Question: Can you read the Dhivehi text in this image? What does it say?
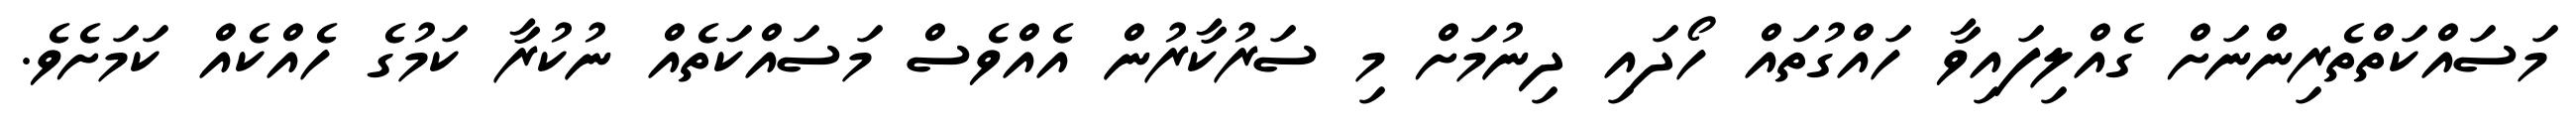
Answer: މަސައްކަތްތެރިންނަށް ގެއްލިފައިވާ ހައްގުތައް ހޯދައި ދިނުމަށް މި ސަރުކާރުން އެއްވެސް މަސައްކަތެއް ނުކުރާ ކަމުގެ ހެއްކެއް ކަމަށެވެ.